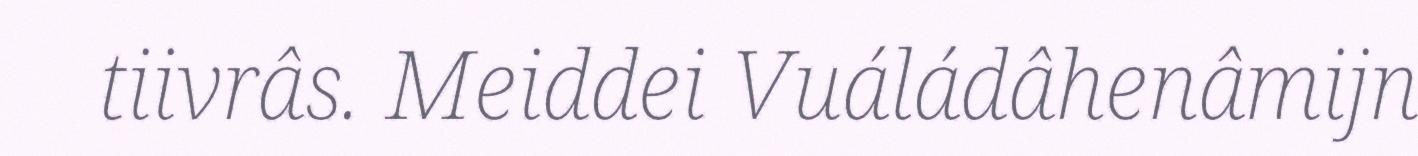
tiivrâs. Meiddei Vuáládâhenâmijn